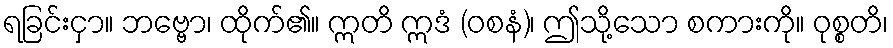
ရခြင်းငှာ။ ဘဗ္ဗော၊ ထိုက်၏။ ဣတိ ဣဒံ (ဝစနံ)၊ ဤသို့သော စကားကို။ ဝုစ္စတိ၊